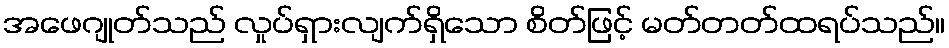
အဖေဂျုတ်သည် လှုပ်ရှားလျက်ရှိသော စိတ်ဖြင့် မတ်တတ်ထရပ်သည်။